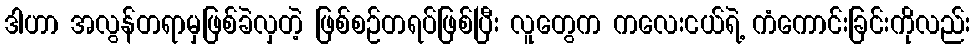
ဒါဟာ အလွန်တရာမှဖြစ်ခဲလှတဲ့ ဖြစ်စဉ်တရပ်ဖြစ်ပြီး လူတွေက ကလေးငယ်ရဲ့ ကံကောင်းခြင်းကိုလည်း